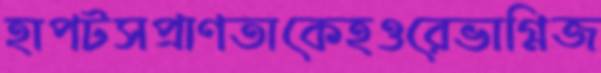
হাপটসপ্রাণতাকেহওরেভাগ্নিজ